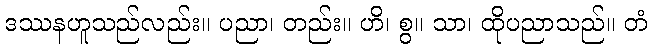
ဒဿနဟူသည်လည်း။ ပညာ၊ တည်း။ ဟိ၊ စွ။ သာ၊ ထိုပညာသည်။ တံ